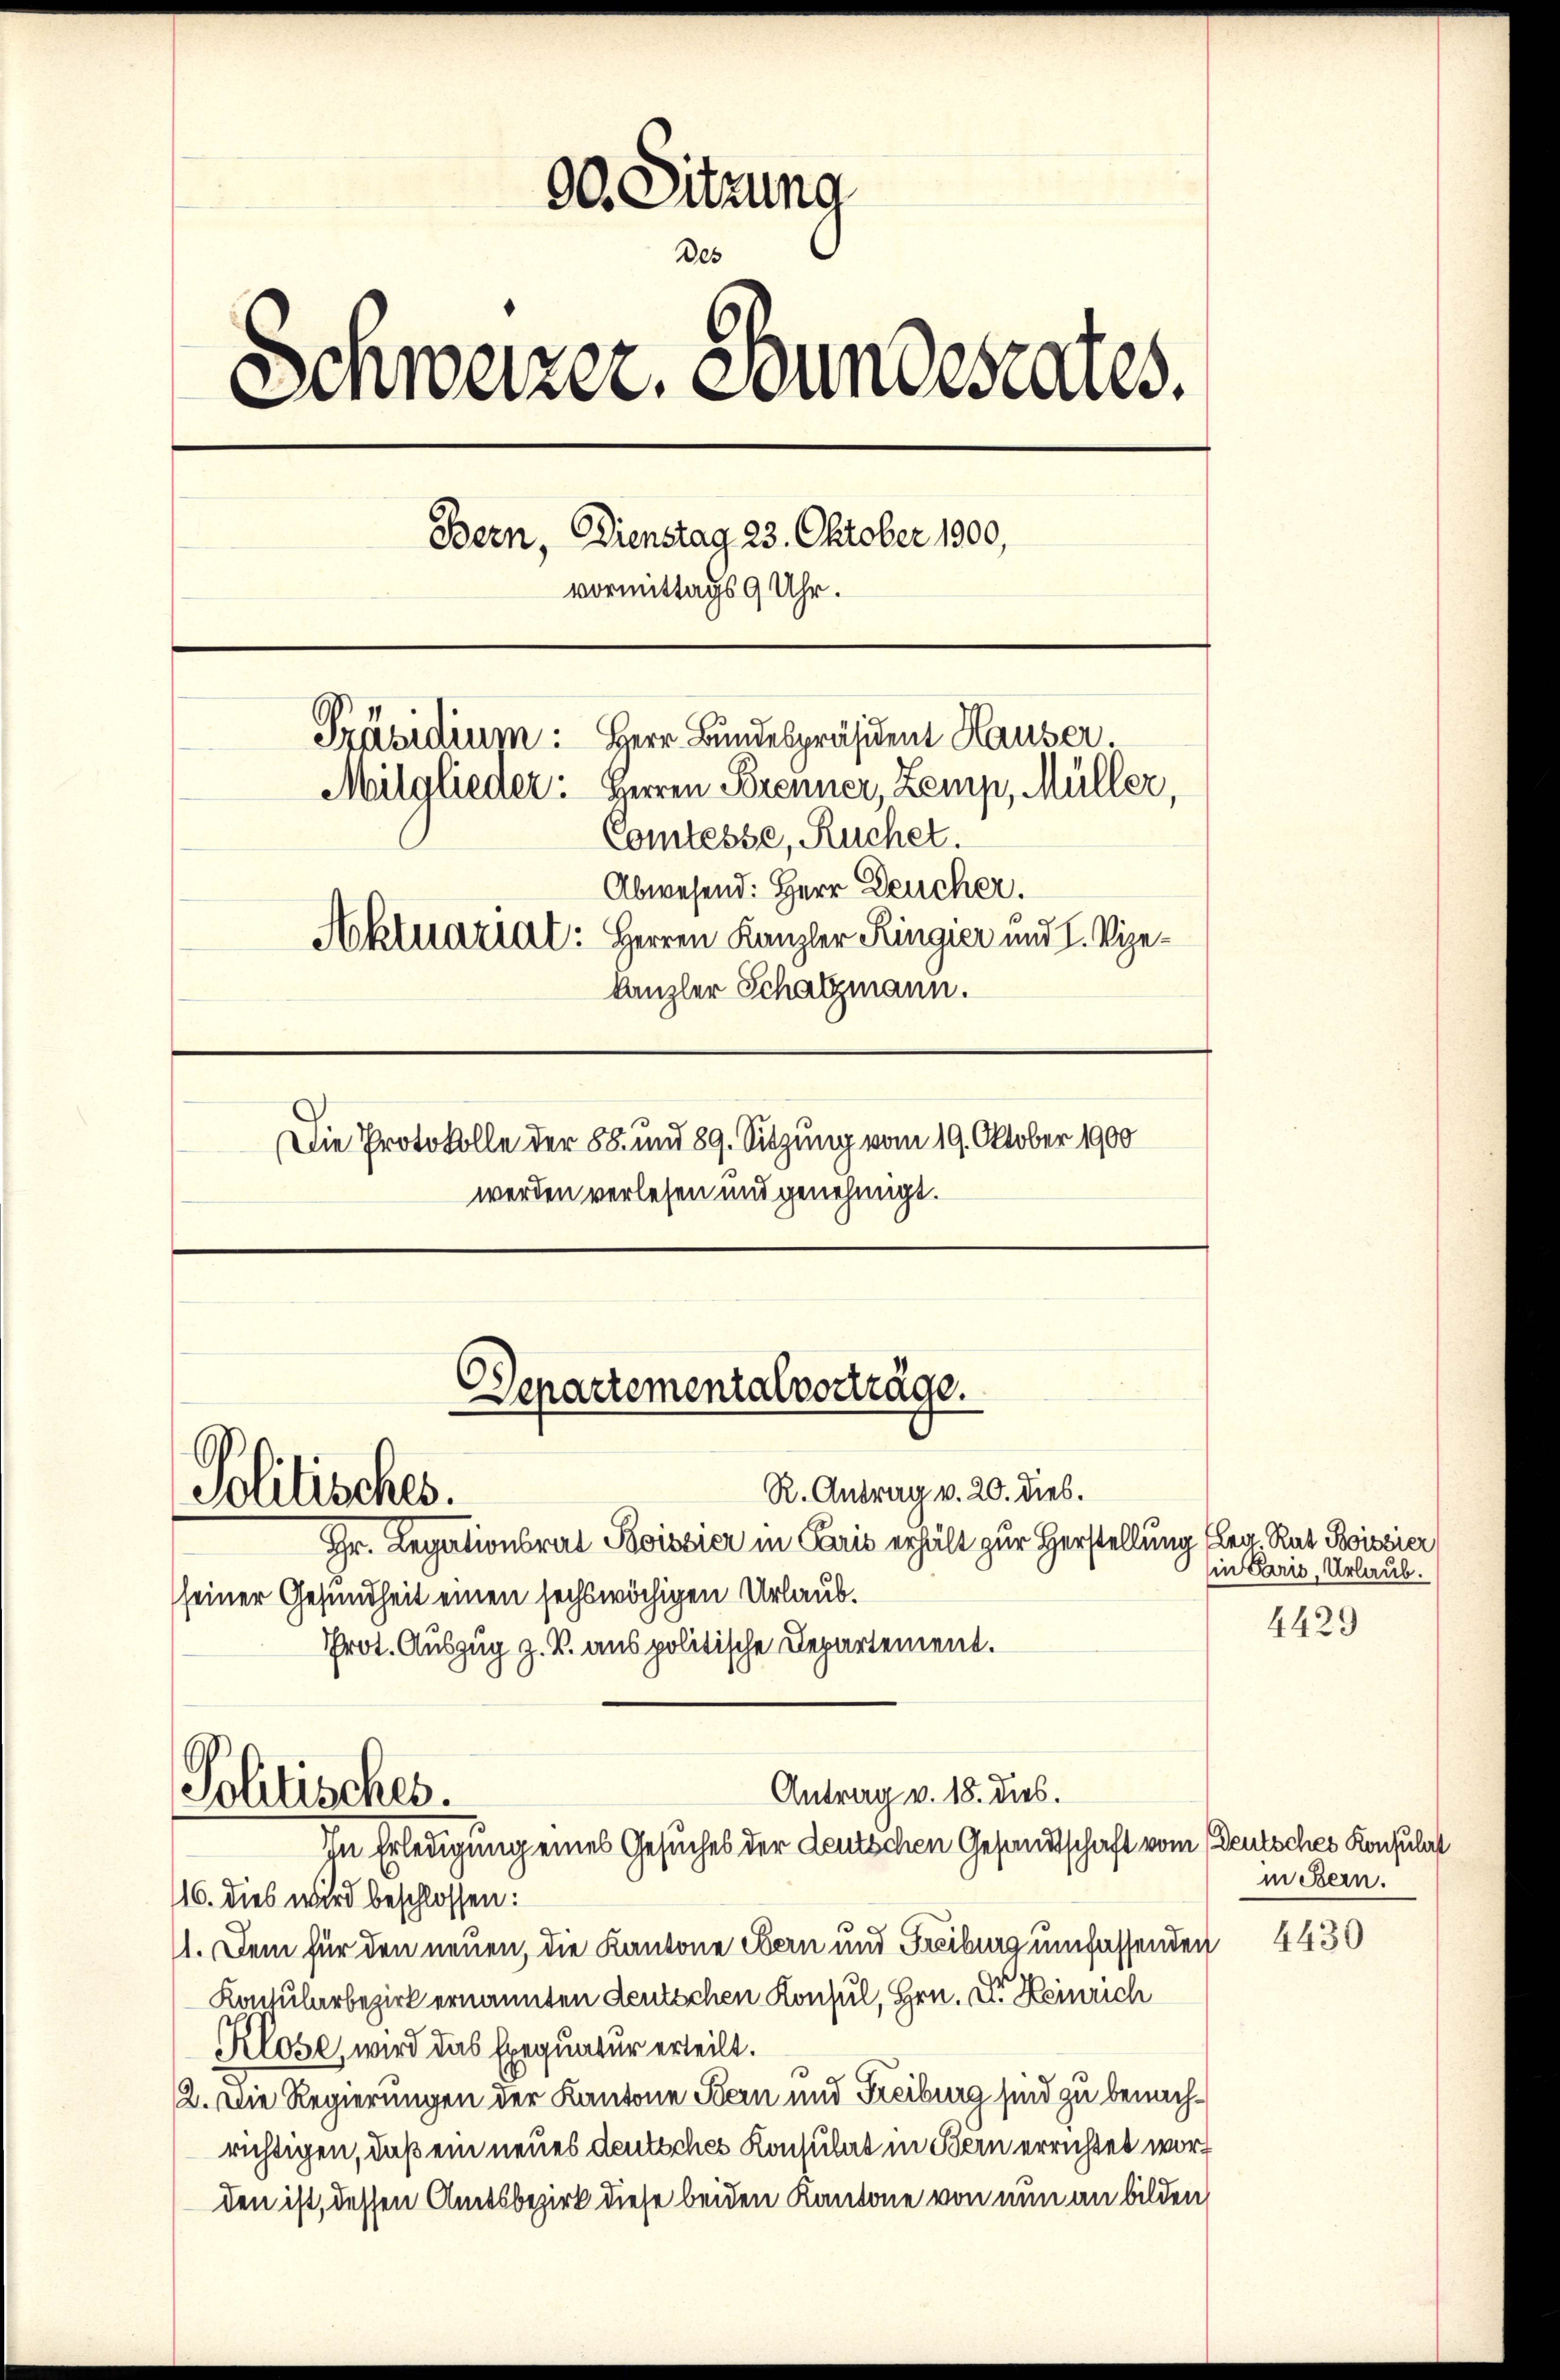
90. Sitzung
Des
Schweizer, Bundesrates.
Bern, Dienstag 23. Oktober 1900,
vormittags 9 Uhr.
Präsidium: Herr Bundespräsident Hauser.
Mitglieder: Herren Brenner, Zemp, Müller,
Comtesse, Ruchet.
Abwesend: Herr Deucher.
Aktuariat: Herren Kanzler Ringier und H. Vize¬
Kanzler Schatzmann.
Die Protokolle der 88. und 89. Sitzung vom 19. Oktober 1900
werden verlesen und genehmigt.

Hr. Legationsrat Koissier in Paris erhält zur Herstellung fley Rat Sissier
seiner Gesundheit einen sechswöchigen Urlaub.
Prot. Auszug z. B. aus politische Departement.
116. dies wird beschlossen:
11. Dem für den neuen, die Kantone Bern und Freiburg umfassenden
Konsularbezirk ernannten deutschen Konsul, Hrn. Der Heinrich
Klose, wird das Exequatur erteilt.
12. Die Regierungen der Kantone Bern und Freiburg sind zu benachrichtigen, daß ein neues deutsches Konsulat in Bern errichtet worf
den ist, dessen Amtsbezirk diese beiden Kantone von nun an bilden

Departementalverträge.
R. Antrag v. 20. dies.
Politisches.

Antrag v. 18. dies.
Politisches.
In Erledigung eines Gesuches der deutschen Gesandtschaft vom Deutsches Konsulat

in Paris, Urlaub.
4429

in Bern.

4430